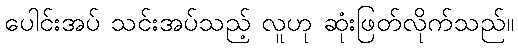
ပေါင်းအပ် သင်းအပ်သည့် လူဟု ဆုံးဖြတ်လိုက်သည်။